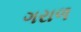
ગરાળ